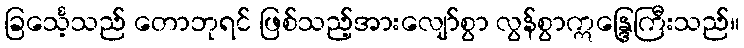
ခြင်္သေ့သည် တောဘုရင် ဖြစ်သည့်အားလျော်စွာ လွန်စွာဣန္ဒြေကြီးသည်။